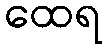
ထေရ